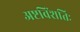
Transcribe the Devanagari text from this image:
अष्टविंशतिः